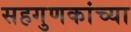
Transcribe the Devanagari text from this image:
सहगुणकांच्या